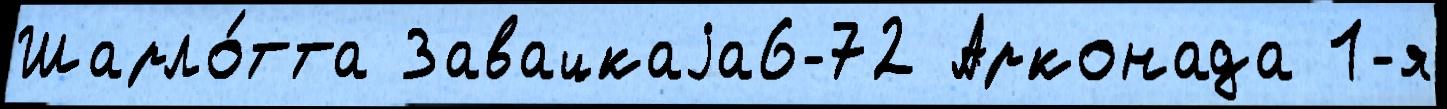
Шарло́тта Завацкаjа6-72 Арконада 1-я